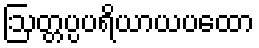
ဩတ္တပ္ပပရိယာယပထော